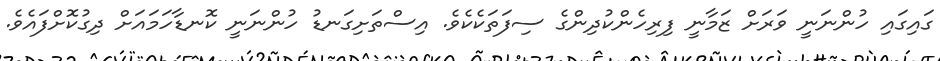
ގައިގައި ހުންނަނީ ވަރަށް ޒަމާނީ ފިރިހެންކުދިންގެ ސިފަތަކެކެވެ. އިސްތަށިގަނޑު ހުންނަނީ ކޮނޑާހަމައަށް ދިގުކޮށްފައެވެ.